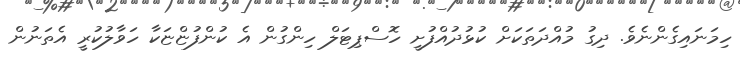
ހިމަނައިގެންނެވެ. ދިގު މުއްދަތަކަށް ކުޅުދުއްފުށީ ހޮސްޕިޓަލް ހިންގުން އެ ކުންފުޏްޏަކާ ހަވާލުކުރީ އެތަނުން